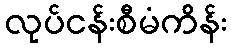
လုပ်ငန်းစီမံကိန်း